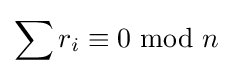
\sum r_{i}\equiv 0\!\!\!\!\mod n